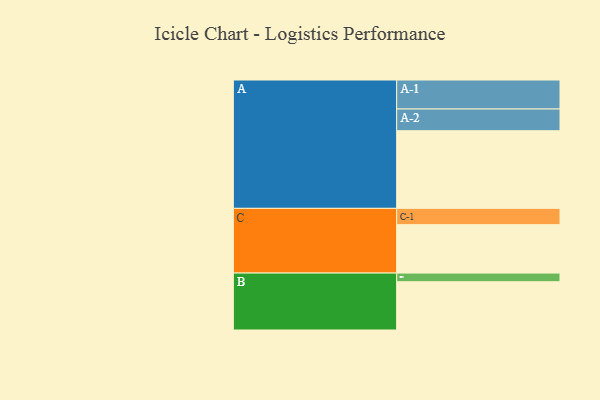
{"axis": {"x": "Segment", "y": "Value"}, "legend": ["", "A", "B", "C"], "data": [{"x": "A", "y": 600, "type": ""}, {"x": "B", "y": 373, "type": ""}, {"x": "C", "y": 374, "type": ""}, {"x": "A-1", "y": 224, "type": "A"}, {"x": "A-2", "y": 168, "type": "A"}, {"x": "B-1", "y": 67, "type": "B"}, {"x": "C-1", "y": 126, "type": "C"}]}